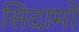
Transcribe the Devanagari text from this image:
सिदामो